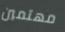
مهتمين